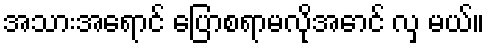
အသားအရောင် ပြောစရာမလိုအောင် လှ မယ်။